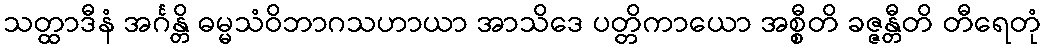
သတ္ထာဒီနံ အင်္ဂန္တိ ဓမ္မသံဝိဘာဂသဟာယာ အာသိဒေ ပတ္တိကာယော အစ္စီတိ ခဇ္ဇန္တီတိ တီရေတုံ